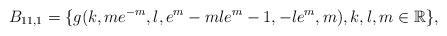
LaTeX: \begin{align*} B_{11,1}=\{g(k,me^{-m},l,e^{m}-mle^{m}-1,-le^{m},m), k,l,m \in \mathbb R\}, \end{align*}